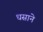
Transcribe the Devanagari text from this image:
धसाने